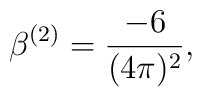
\beta^{(2)}=\frac{-6}{(4\pi)^2},